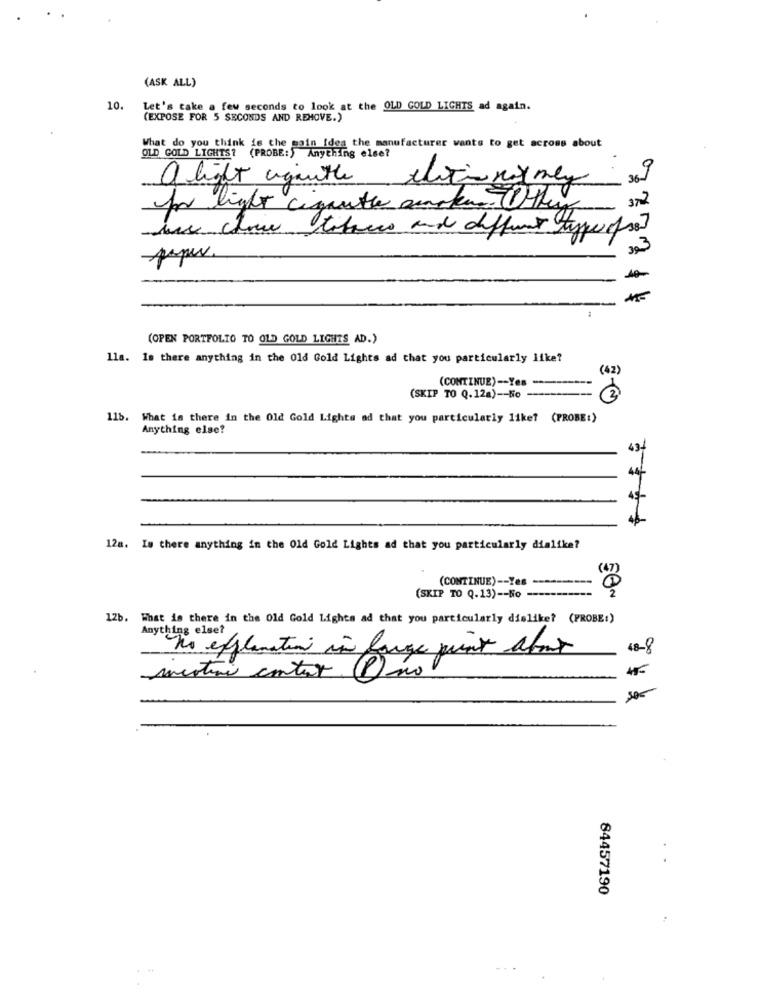
(ASK ALL)
10.
Let's take a few seconds to look at the OLD GOLD LIGHTS ad again.
(EXPOSE FOR 5 SECONDS AND REMOVE.)
What do you think is the main idea the manufacturer wants to get across about
OLD GOLD LIGHTS? (PROBE:) Anything else?
a light agathe elitis may may
36-
372
for light ciganthe smoke. (1 they
wie cow tobacco and different types ofso?
393
*
(OPEN PORTFOLIO TO OLD GOLD LIGHTS AD.)
lla. Is there anything in the Old Gold Lights ad that you particularly like?
(42)
(CONTINUE) -- Yes ---------
(SKIP TO Q.12a) -- 5o ---------
30
11b. What is there in the Old Gold Lights ad that you particularly like? (PROBE:)
Anything else?
43-
12a. Is there anything in the Old Gold Lights ad that you particularly dialike?
(CONTINUE) -- Yes
(SKIP TO Q.13) -- No -----
12b. What is there in the Old Gold Lights ad that you particularly dislike? (PROBE:)
Anything else?
no explanation in farge punt about
48-8
mestini contax. P) no
45-
84457190